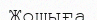
Жошыға